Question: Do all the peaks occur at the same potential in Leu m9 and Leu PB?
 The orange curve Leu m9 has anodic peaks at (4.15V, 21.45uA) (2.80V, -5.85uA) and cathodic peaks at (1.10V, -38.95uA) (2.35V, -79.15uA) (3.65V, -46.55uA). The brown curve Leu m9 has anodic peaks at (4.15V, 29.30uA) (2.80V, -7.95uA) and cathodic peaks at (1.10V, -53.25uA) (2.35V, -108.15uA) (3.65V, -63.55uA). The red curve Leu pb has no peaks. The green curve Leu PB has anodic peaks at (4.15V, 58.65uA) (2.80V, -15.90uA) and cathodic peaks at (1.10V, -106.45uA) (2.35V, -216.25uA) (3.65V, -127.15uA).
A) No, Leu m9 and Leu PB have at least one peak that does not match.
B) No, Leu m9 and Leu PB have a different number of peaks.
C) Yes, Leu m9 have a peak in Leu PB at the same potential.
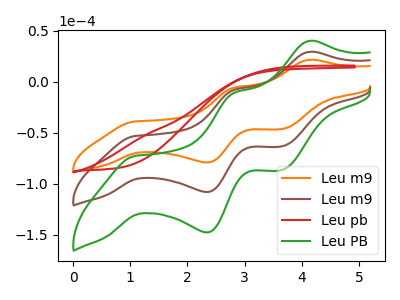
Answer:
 <answer>C) Yes, "Leu m9" have a peak in "Leu PB" at the same potential.</answer>
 <eval>C</eval>